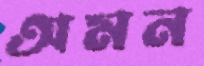
অমন